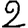
Digit: 2